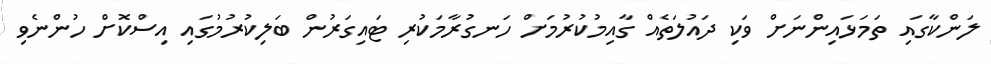
ލަންކާގައި ތަމަޅައިންނަށް ވަކި ދައުލަތެއް ގާއިމުކުރުމަށް ހަނގުރާމަކުރި ޓައިގަރުން ބަލިކުރުމުގައި އިސްކޮށް ހުންނެވި